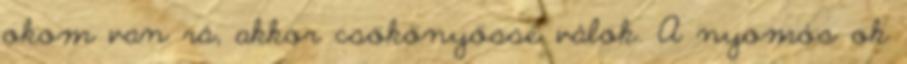
okom van rá, akkor csökönyössé válok. A nyomós ok